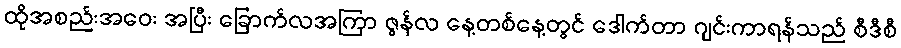
ထိုအစည်းအဝေး အပြီး ခြောက်လအကြာ ဇွန်လ နေ့တစ်နေ့တွင် ဒေါက်တာ ဂျင်းကာရန်သည် စီဒီစီ